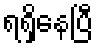
ရရှိနေပြီ